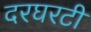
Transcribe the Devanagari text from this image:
दरघरटी